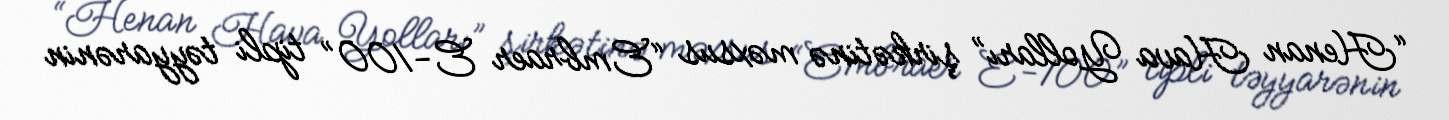
“Henan Hava Yolları” şirkətinə məxsus “Embraer E-100” tipli təyyarənin